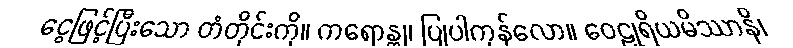
ငွေဖြင့်ပြီးသော တံတိုင်းကို။ ကရောန္တု၊ ပြုပါကုန်လော။ ဝေဠုရိယမိဿာနိ၊